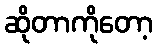
ဆိုတာကိုတော့